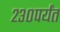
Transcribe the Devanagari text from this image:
२३०पर्यंत